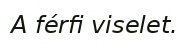
A férfi viselet.